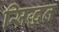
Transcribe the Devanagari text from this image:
सिद्धत